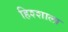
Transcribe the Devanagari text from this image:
हिश्शाला